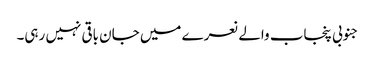
جنوبی پنجاب والے نعرے میں جان باقی نہیں رہی۔